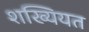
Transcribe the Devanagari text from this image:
शख्यियत